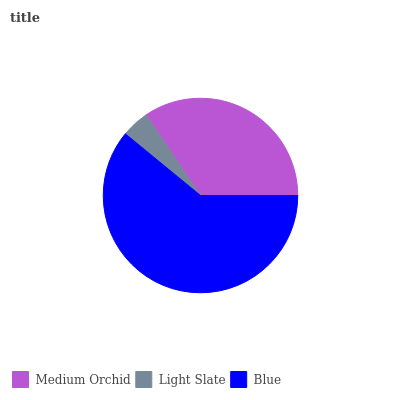
| Medium Orchid | Light Slate | Blue |
 | --- | --- | --- |
 | 34.4% | 4.62% | 61% |